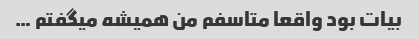
بیات بود واقعا متاسفم من همیشه میگفتم …